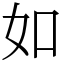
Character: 如